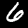
Digit: 6